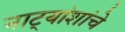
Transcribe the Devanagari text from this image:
नाट्यांशांचे